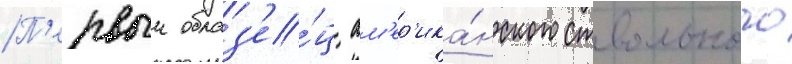
П'ервыи образ'е́ц ам'ер'ика́нского ствольного